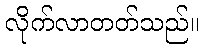
လိုက်လာတတ်သည်။